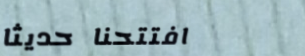
افتتحنا حديثاً